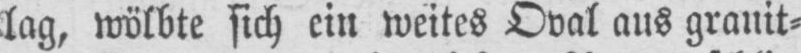
lag, wölbte sich ein weites Oval aus granit⸗